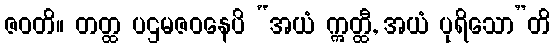
ဇဝတိ။ တတ္ထ ပဌမဇဝနေပိ “အယံ ဣတ္ထီ, အယံ ပုရိသော”တိ